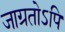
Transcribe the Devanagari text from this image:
जाग्रतोऽपि